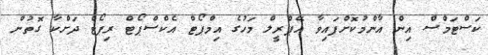
ކަސްޓަމްސް އިން އާންމުކޮށްފައިވާ އޭޕްރީލް މަހުގެ އިމްޕޯޓް އެކްސްޕޯޓް ރިޕޯޓް ދަށްކާ ގޮތުން